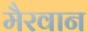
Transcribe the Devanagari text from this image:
मैरवान